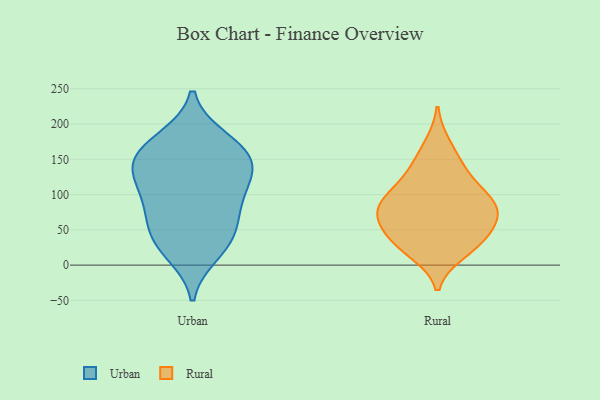
{"axis": {"x": "Production Output", "y": "Value"}, "legend": ["Rural", "Urban"], "data": [{"x": "", "y": 179, "type": "Urban"}, {"x": "", "y": 131, "type": "Urban"}, {"x": "", "y": 16, "type": "Urban"}, {"x": "", "y": 56, "type": "Urban"}, {"x": "", "y": 180, "type": "Urban"}, {"x": "", "y": 60, "type": "Urban"}, {"x": "", "y": 152, "type": "Urban"}, {"x": "", "y": 37, "type": "Urban"}, {"x": "", "y": 151, "type": "Urban"}, {"x": "", "y": 111, "type": "Urban"}, {"x": "", "y": 25, "type": "Urban"}, {"x": "", "y": 150, "type": "Urban"}, {"x": "", "y": 148, "type": "Urban"}, {"x": "", "y": 80, "type": "Urban"}, {"x": "", "y": 95, "type": "Urban"}, {"x": "", "y": 113, "type": "Urban"}, {"x": "", "y": 36, "type": "Rural"}, {"x": "", "y": 52, "type": "Rural"}, {"x": "", "y": 35, "type": "Rural"}, {"x": "", "y": 171, "type": "Rural"}, {"x": "", "y": 111, "type": "Rural"}, {"x": "", "y": 23, "type": "Rural"}, {"x": "", "y": 77, "type": "Rural"}, {"x": "", "y": 63, "type": "Rural"}, {"x": "", "y": 133, "type": "Rural"}, {"x": "", "y": 88, "type": "Rural"}, {"x": "", "y": 65, "type": "Rural"}, {"x": "", "y": 142, "type": "Rural"}, {"x": "", "y": 99, "type": "Rural"}, {"x": "", "y": 18, "type": "Rural"}, {"x": "", "y": 87, "type": "Rural"}, {"x": "", "y": 82, "type": "Rural"}]}